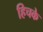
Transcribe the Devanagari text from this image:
हिचके